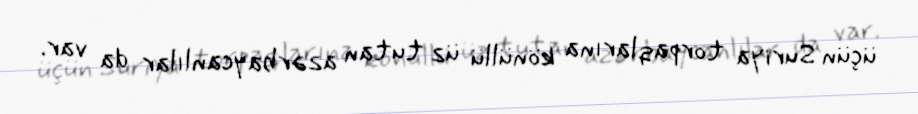
üçün Suriya torpaqlarına könüllü üz tutan azərbaycanlılar da var.